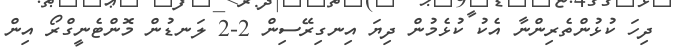
ދިހަ ކުޅުންތެރިންނާ އެކު ކުޅެމުން ދިޔަ އިނގިރޭސިން 2-2 ލަނޑުން މޮންޓެނީގްރޯ އިން